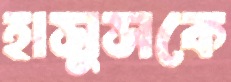
হাসুসকে